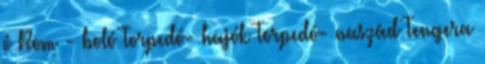
ó Rom - boló Torpedó- hajók Torpedó- naszád Tengera